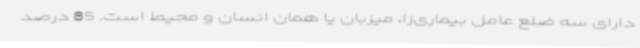
دارای سه ضلع عامل بیماری‌زا، میزبان یا همان انسان و محیط است. 85 درصد